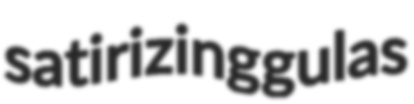
satirizing gulas